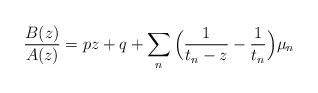
LaTeX: \begin{align*}\frac{B(z)}{A(z)} = pz+q + \sum_n \Big(\frac{1}{t_n-z} -\frac{1}{t_n}\Big) \mu_n\end{align*}